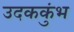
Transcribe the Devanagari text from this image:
उदककुंभ